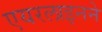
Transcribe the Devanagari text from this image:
एयरलाइनने